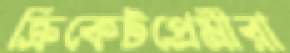
ক্রিকেটপ্রেমীরা